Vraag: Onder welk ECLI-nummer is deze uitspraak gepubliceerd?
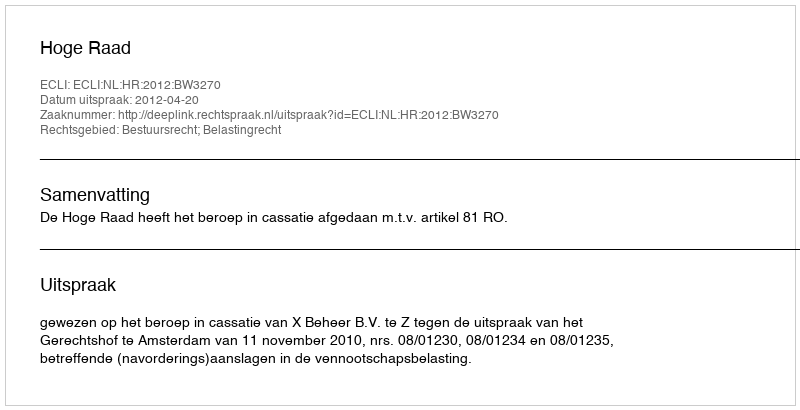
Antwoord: ECLI:NL:HR:2012:BW3270